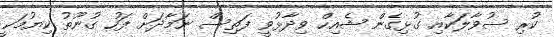
ކުރި ސުވާލަކާއި ގުޅިގެން ޝެއިހް ވިދާޅުވީ ފަތިސް ނަމާދަށް ފަހު ގުނޫތު ކިޔުމަކީ